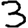
Digit: 3